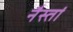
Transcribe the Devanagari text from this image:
नैस्तां